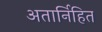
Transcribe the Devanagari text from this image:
अतार्निहित